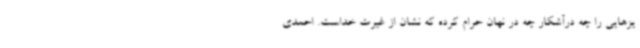
یزهایی را چه درآشکار چه در نهان حرام کرده که نشان از غیرت خداست. احمدی